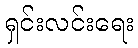
ရှင်းလင်းရေး